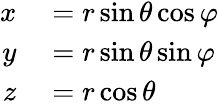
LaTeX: \begin{array}{rl}{x}&{{}=r\sin\theta\cos\varphi}\\ {y}&{{}=r\sin\theta\sin\varphi}\\ {z}&{{}=r\cos\theta}\end{array}